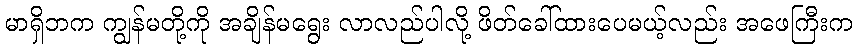
မာရှိဘက ကျွန်မတို့ကို အချိန်မရွေး လာလည်ပါလို့ ဖိတ်ခေါ်ထားပေမယ့်လည်း အဖေကြီးက